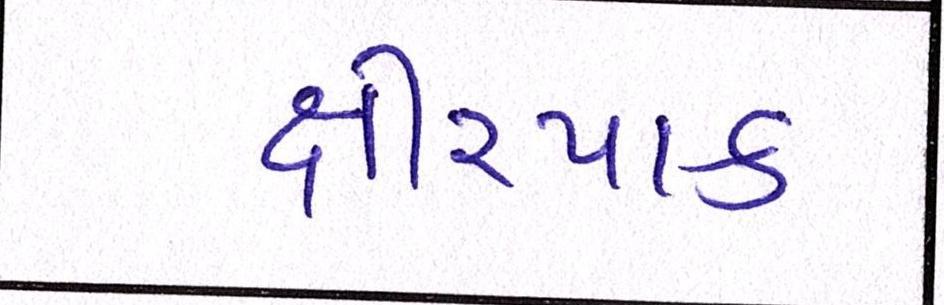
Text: ક્ષીરપાક